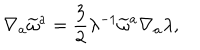
LaTeX: \nabla _ { a } \widetilde { \omega } ^ { a } = \frac { 3 } { 2 } \lambda ^ { - 1 } \widetilde { \omega } ^ { a } \nabla _ { a } \lambda ,